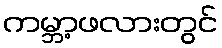
ကမ္ဘာ့ဖလားတွင်